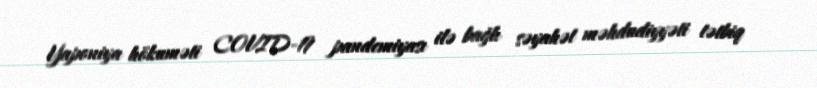
Yaponiya hökuməti COVID-19 pandemiyası ilə bağlı səyahət məhdudiyyəti tətbiq